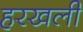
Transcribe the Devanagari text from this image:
हरखली